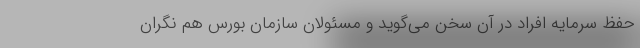
حفظ سرمایه افراد در آن سخن می‌گوید و مسئولان سازمان بورس هم نگران